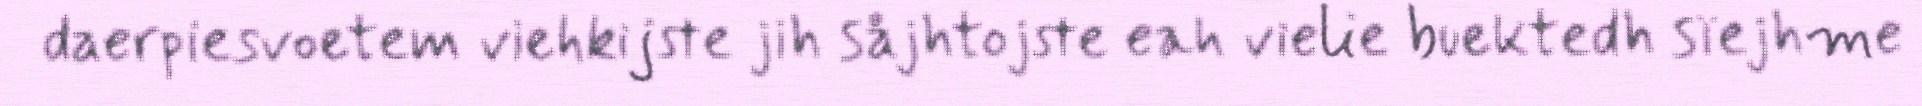
daerpiesvoetem viehkijste jih såjhtojste eah vielie buektedh sïejhme